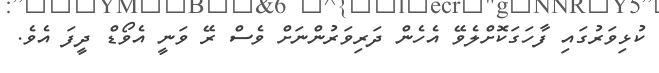
ކުޅިވަރުގައި ފާހަގަކޮށްލެވޭ އެހެން ދަރިވަރުންނަށް ވެސް ރޭ ވަނީ އެވޯޑް ދީފަ އެވެ.